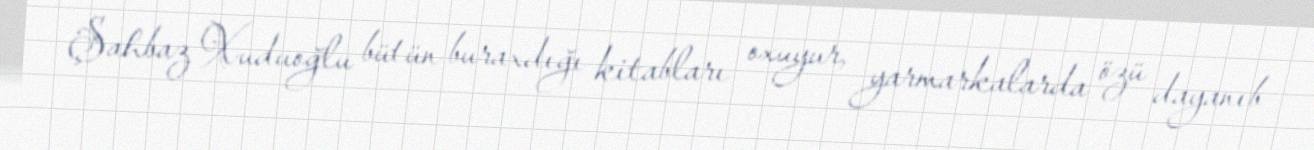
Şahbaz Xuduoğlu bütün buraxdığı kitabları oxuyur, yarmarkalarda özü dayanıb